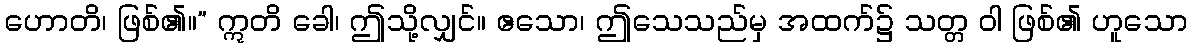
ဟောတိ၊ ဖြစ်၏။” ဣတိ ခေါ၊ ဤသို့လျှင်။ ဧသော၊ ဤသေသည်မှ အထက်၌ သတ္တ ဝါ ဖြစ်၏ ဟူသော